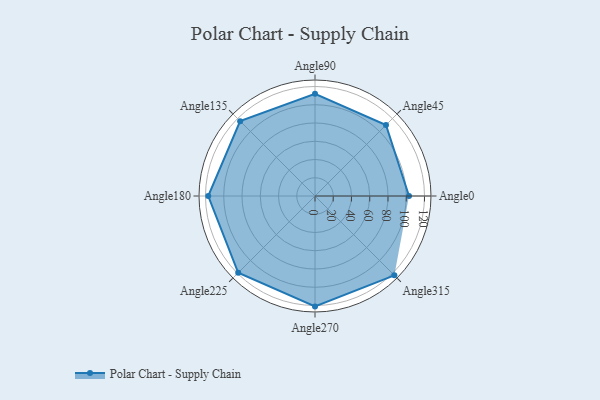
{"axis": {"x": "Angle", "y": "Radius"}, "legend": [""], "data": [{"x": "Angle0", "y": 103.0, "type": ""}, {"x": "Angle45", "y": 110.0, "type": ""}, {"x": "Angle90", "y": 112.0, "type": ""}, {"x": "Angle135", "y": 116.0, "type": ""}, {"x": "Angle180", "y": 117.0, "type": ""}, {"x": "Angle225", "y": 119.0, "type": ""}, {"x": "Angle270", "y": 121.0, "type": ""}, {"x": "Angle315", "y": 123.0, "type": ""}]}